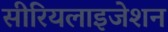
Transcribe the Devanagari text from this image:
सीरियलाइजेशन